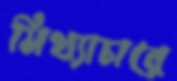
মিথ্যাচারে